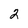
Character: 2